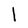
Character: l